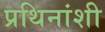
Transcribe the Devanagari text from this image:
प्रथिनांशी